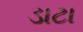
ડાટા